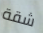
شقة